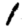
Digit: 1